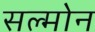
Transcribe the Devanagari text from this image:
सल्मोन